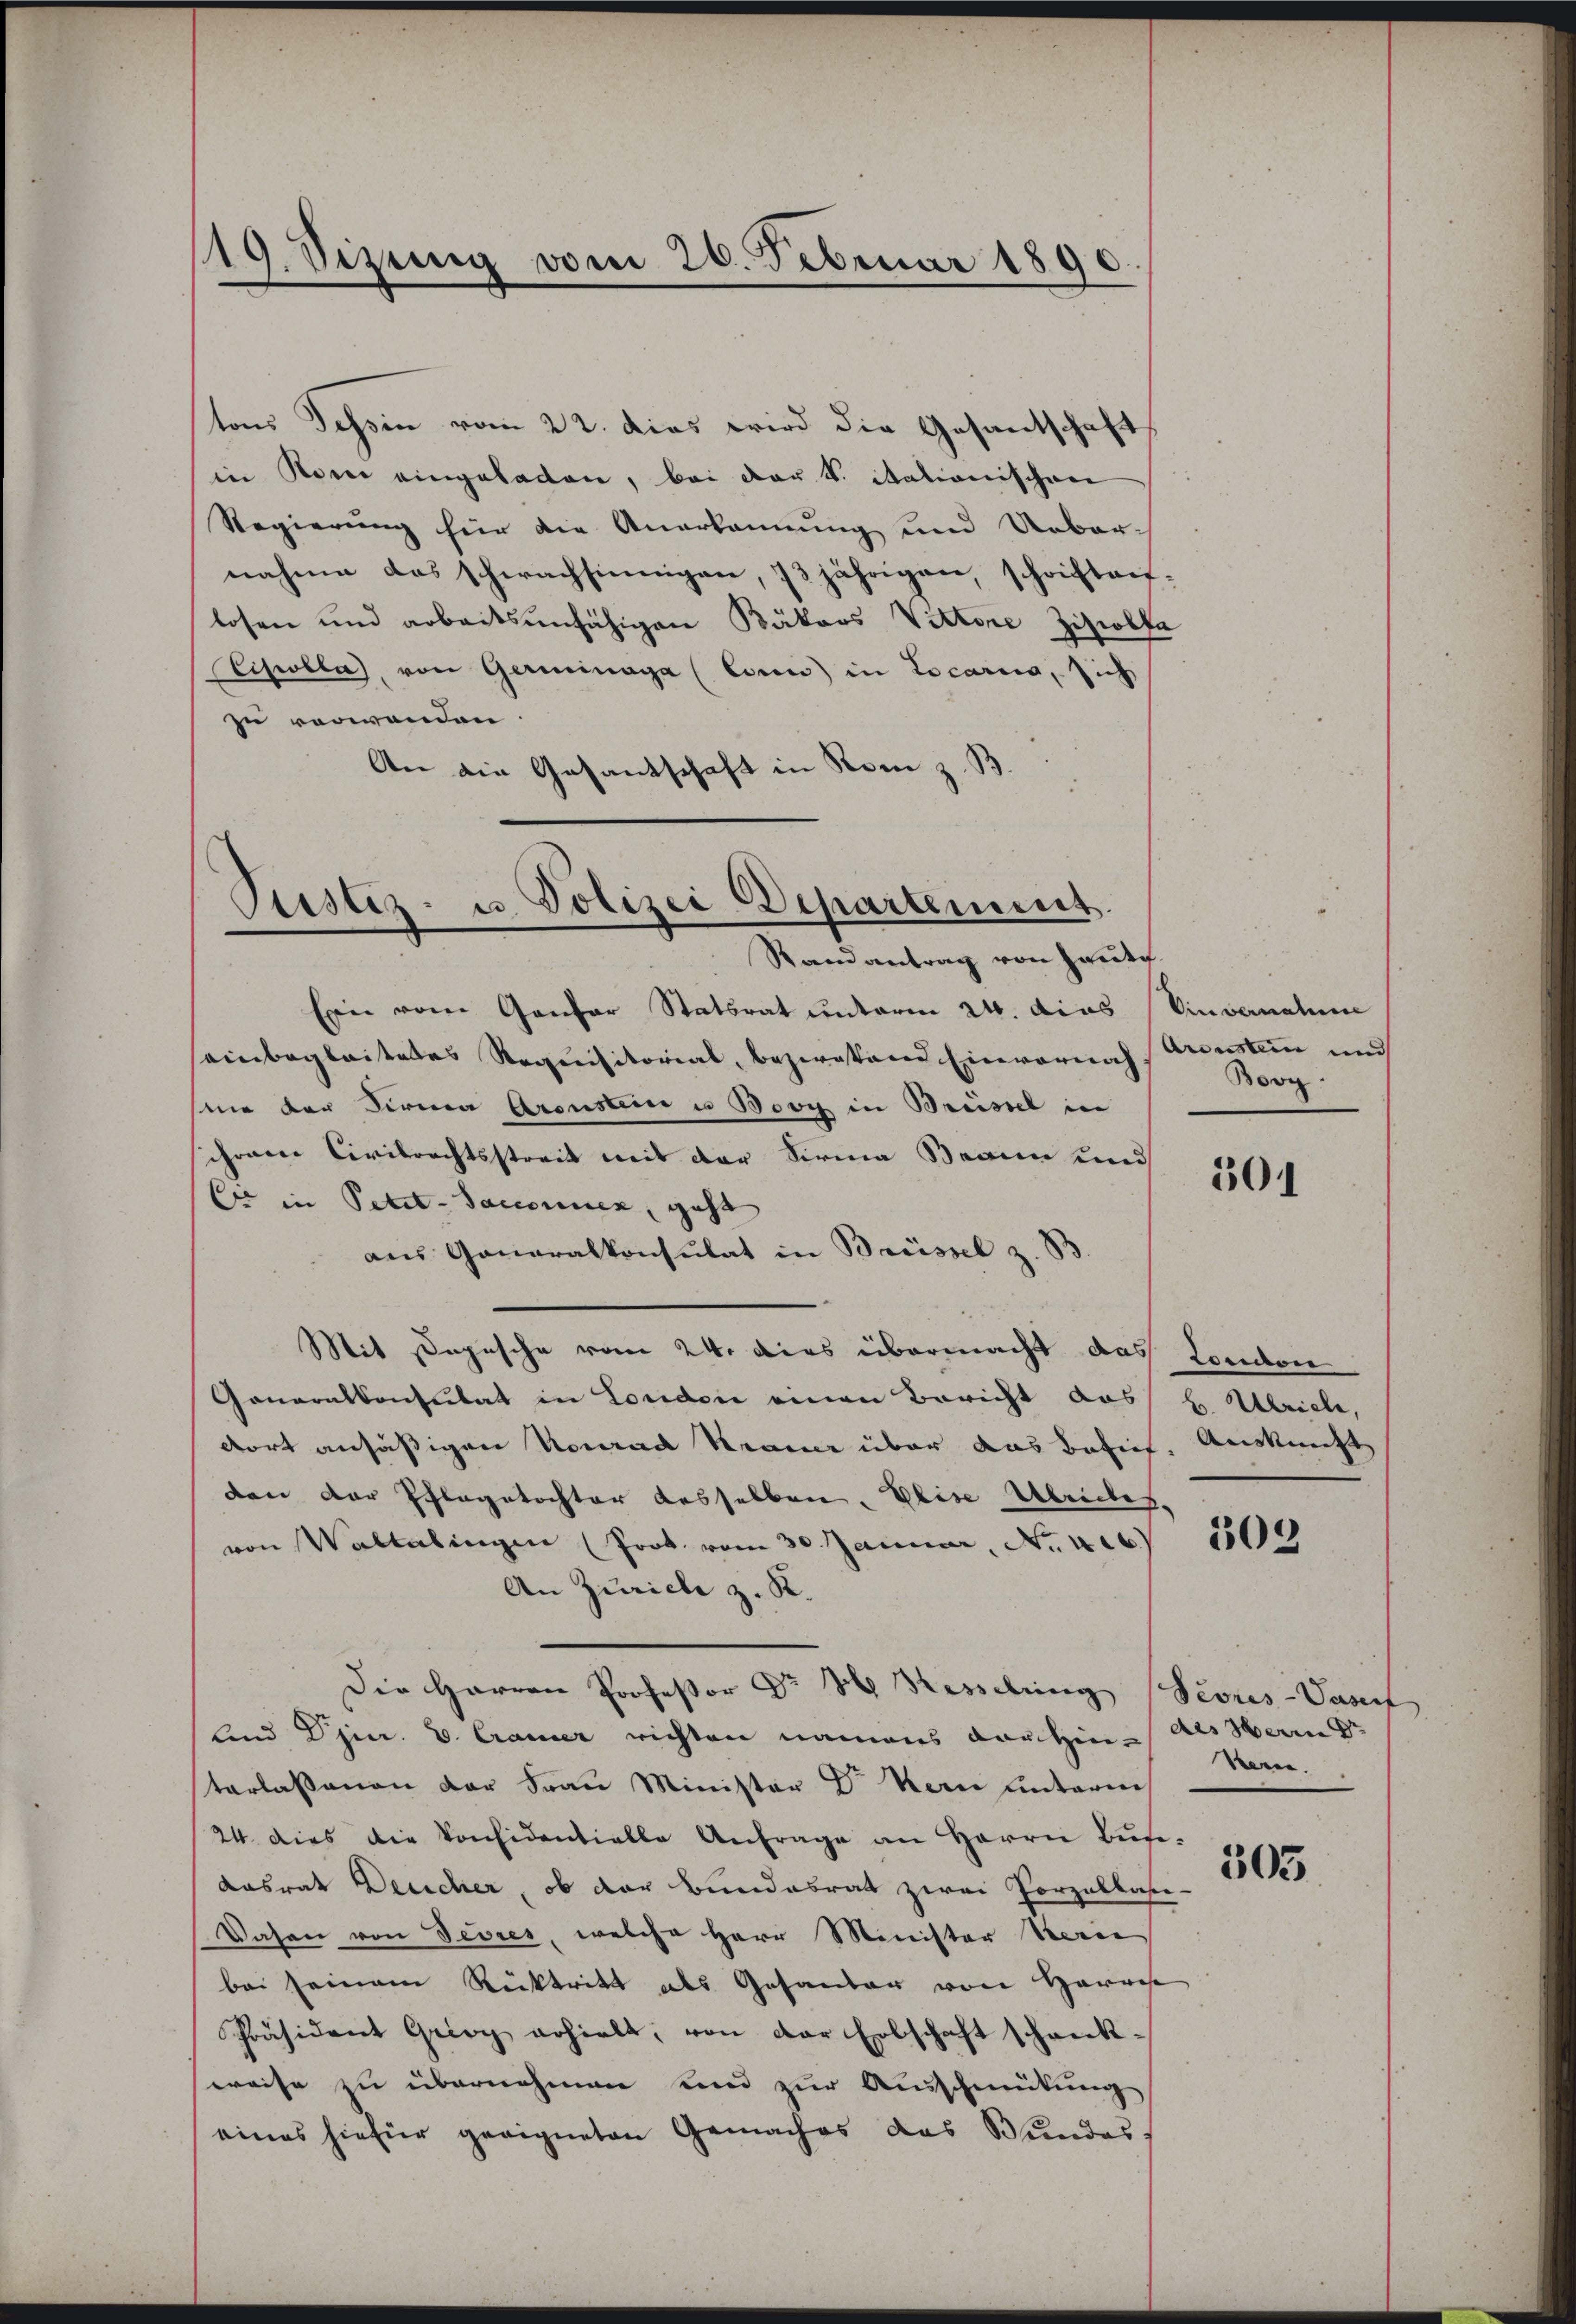
119. Sizung vom 26. Februar 1890

tons Tessin vom 22. das wird die Gesantschaft
in Rom eingeladen, bei der S. itationischen
Regierung für die Anerkennung und Ueber-
nahme das schwachsinnigen, 73 jährigen, schriftenlosen und arbeitsunfähigen Bätors Viktore Ziscolka
Ciscolla, von Germinaga (Conn) in Locario, sich
zu verwenden
An die Gesantschaft in Rom z. B.

Prustiz- u. Polizei Departement.
Randantrag von Heute

Ein vom Gantar Statsrat unterm 24. dies Vinvernahme
seinbegleitetes Requisitorial, Beziestand Einvernach Arenstein und
sie der Firma Arenstein u Booy in Brüssel in
ihrere Civilrechtsstreit mit der Firnen Braun und
E in Petit-Saccornen, geht |
aus Generalkonsulat in Brüssel z. B
Mit Depesche vom 24. dies übermacht das London
Generalkonsulat in London einen Bericht des H. Ulrich,
dort ansäßigen Konrad Krance über das Besich. Auskunft
den der Pflegetochter desselben. Elise Abendes
von Waltalingen (Prok. vom 30. Januar, No. 416.)
An Zürich z. R.
Die Harren Professor Dr H. Hesselring Peoris-Vasenf
Und Djur. E. Cramer richten namens dartin des Herrn Dr
terlassenen der Frau Minister Dr Kern unterm
24. dies die Konsidentielle Anfrage an Herrn Bŭte-
Kasrat Deucher, ob der Bundesrat zwei Porzellasie-
Dasen von Tevres, welche Herr Minister Verei
bei seinem Rücktritt als Gesander von Harrie
Präsident Grioy erhielt, von der Erbschaft schreck-
weise zu übernehmen und zur Ausschmütung
eines hiefür geeigneten Gemaches das Bundes,

Bovg.

301

303

Heren.

303